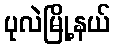
ပုလဲမြို့နယ်